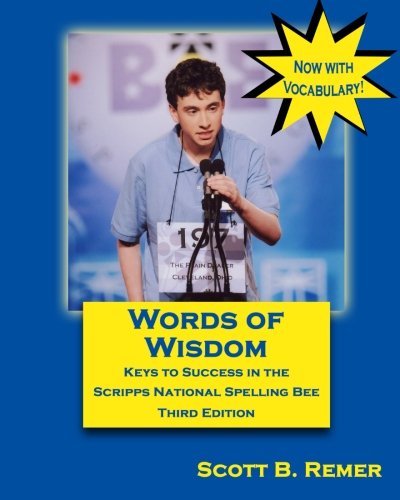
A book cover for Words of Wisdom: Keys to Success in the Scripps National Spelling Bee (Third Edition); Scott B. Remer; Reference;